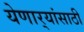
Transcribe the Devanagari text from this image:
येणार्‍यांसाठी